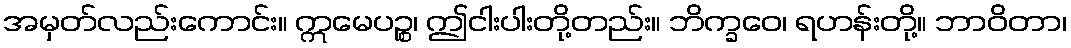
အမှတ်လည်းကောင်း။ ဣမေပဉ္စ၊ ဤငါးပါးတို့တည်း။ ဘိက္ခဝေ၊ ရဟန်းတို့။ ဘာဝိတာ၊